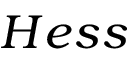
H e s s